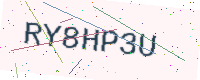
Text: RY8HP3U